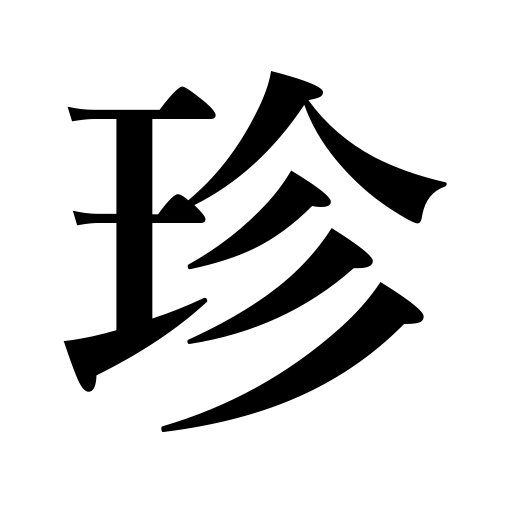
Meanings: new,strange,unusual,novel,nice gift,rare,curious